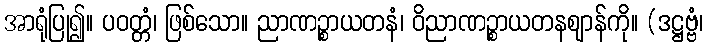
အာရုံပြု၍။ ပဝတ္တံ၊ ဖြစ်သော။ ညာဏဉ္စာယတနံ၊ ဝိညာဏဉ္စာယတနဈာန်ကို။ (ဒဋ္ဌဗ္ဗံ၊